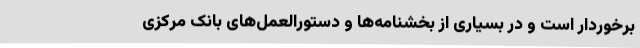
برخوردار است و در بسیاری از بخشنامه‌ها و دستورالعمل‌های بانک مرکزی